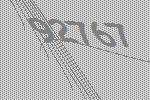
92767